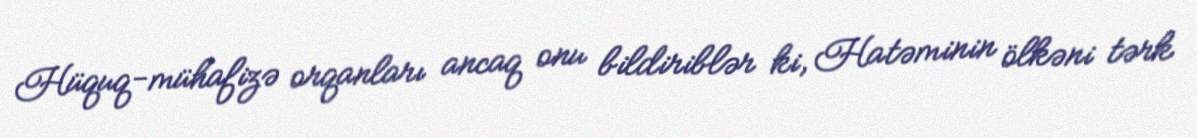
Hüquq-mühafizə orqanları ancaq onu bildiriblər ki, Hatəminin ölkəni tərk